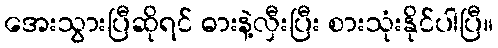
အေးသွားပြီဆိုရင် ဓားနဲ့လှီးပြီး စားသုံးနိုင်ပါပြီ။